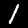
Digit: 1